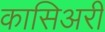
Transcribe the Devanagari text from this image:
कासिअरी